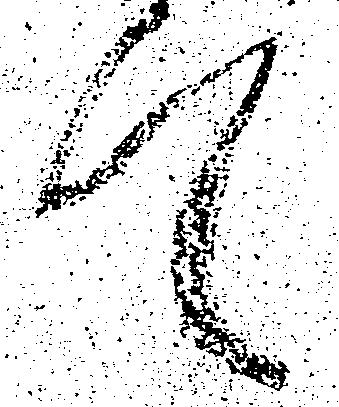
て